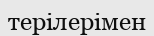
терілерімен